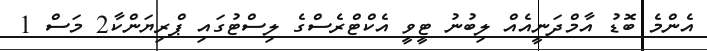
އެންމެ ބޮޑު އާމްދަނީއެއް ލިބުނު ޓީވީ އެކްޓްރެސްގެ ލިސްޓުގައި ޕްރިޔަންކާ2 މަސް 1